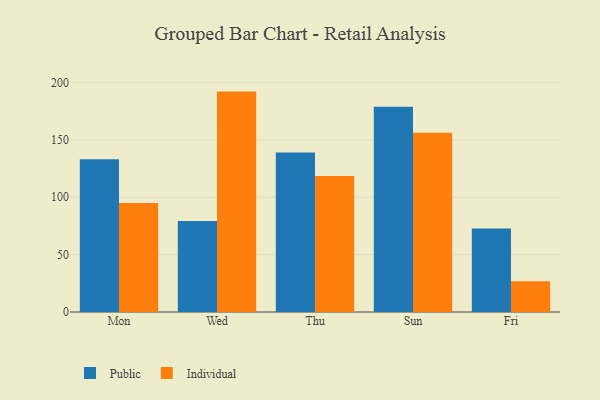
{"axis": {"x": "Day", "y": "Net Income (USD K)"}, "legend": ["Individual", "Public"], "data": [{"x": "Mon", "y": 133.2, "type": "Public"}, {"x": "Mon", "y": 94.9, "type": "Individual"}, {"x": "Wed", "y": 79.4, "type": "Public"}, {"x": "Wed", "y": 192.1, "type": "Individual"}, {"x": "Thu", "y": 139.1, "type": "Public"}, {"x": "Thu", "y": 118.5, "type": "Individual"}, {"x": "Sun", "y": 179.0, "type": "Public"}, {"x": "Sun", "y": 156.3, "type": "Individual"}, {"x": "Fri", "y": 72.8, "type": "Public"}, {"x": "Fri", "y": 26.7, "type": "Individual"}]}